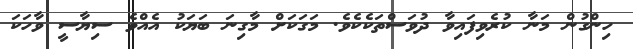
ހިންގުން މަނާ ކުރެވިފައިވާ ދުވަސްތަކެކެވެ. މަގަކަށް މާގިނަ ބަޔަކު އެއްވެ ސިޔާސީ ވާހަކަ